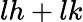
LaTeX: lh+lk